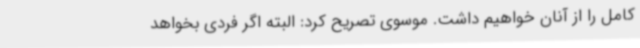
کامل را از آنان خواهیم داشت. موسوی تصریح کرد: البته اگر فردی بخواهد